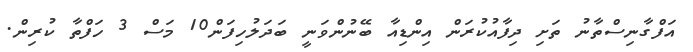
އަފްގާނިސްތާނު ތަށި ދިފާއުކުރަން އިންޑިއާ ބޭނުންވަނީ ބަދަލުހިފަން10 މަސް 3 ހަފްތާ ކުރިން.